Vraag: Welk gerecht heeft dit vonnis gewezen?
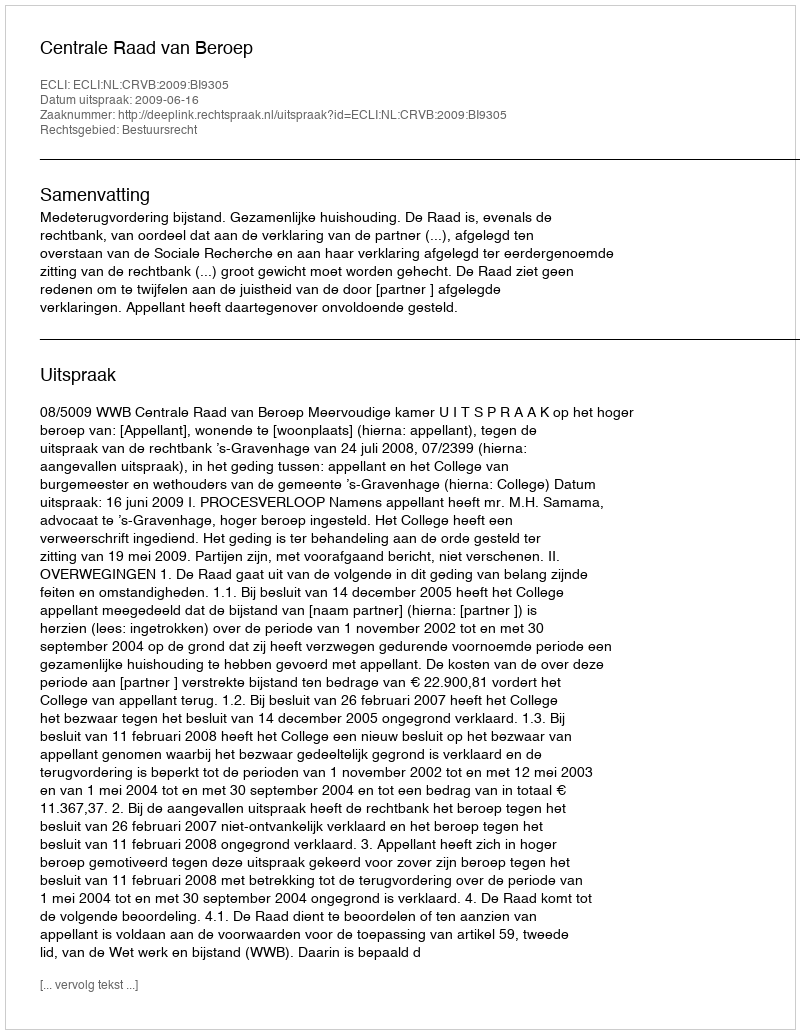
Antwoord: Centrale Raad van Beroep